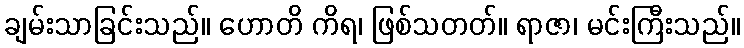
ချမ်းသာခြင်းသည်။ ဟောတိ ကိရ၊ ဖြစ်သတတ်။ ရာဇာ၊ မင်းကြီးသည်။